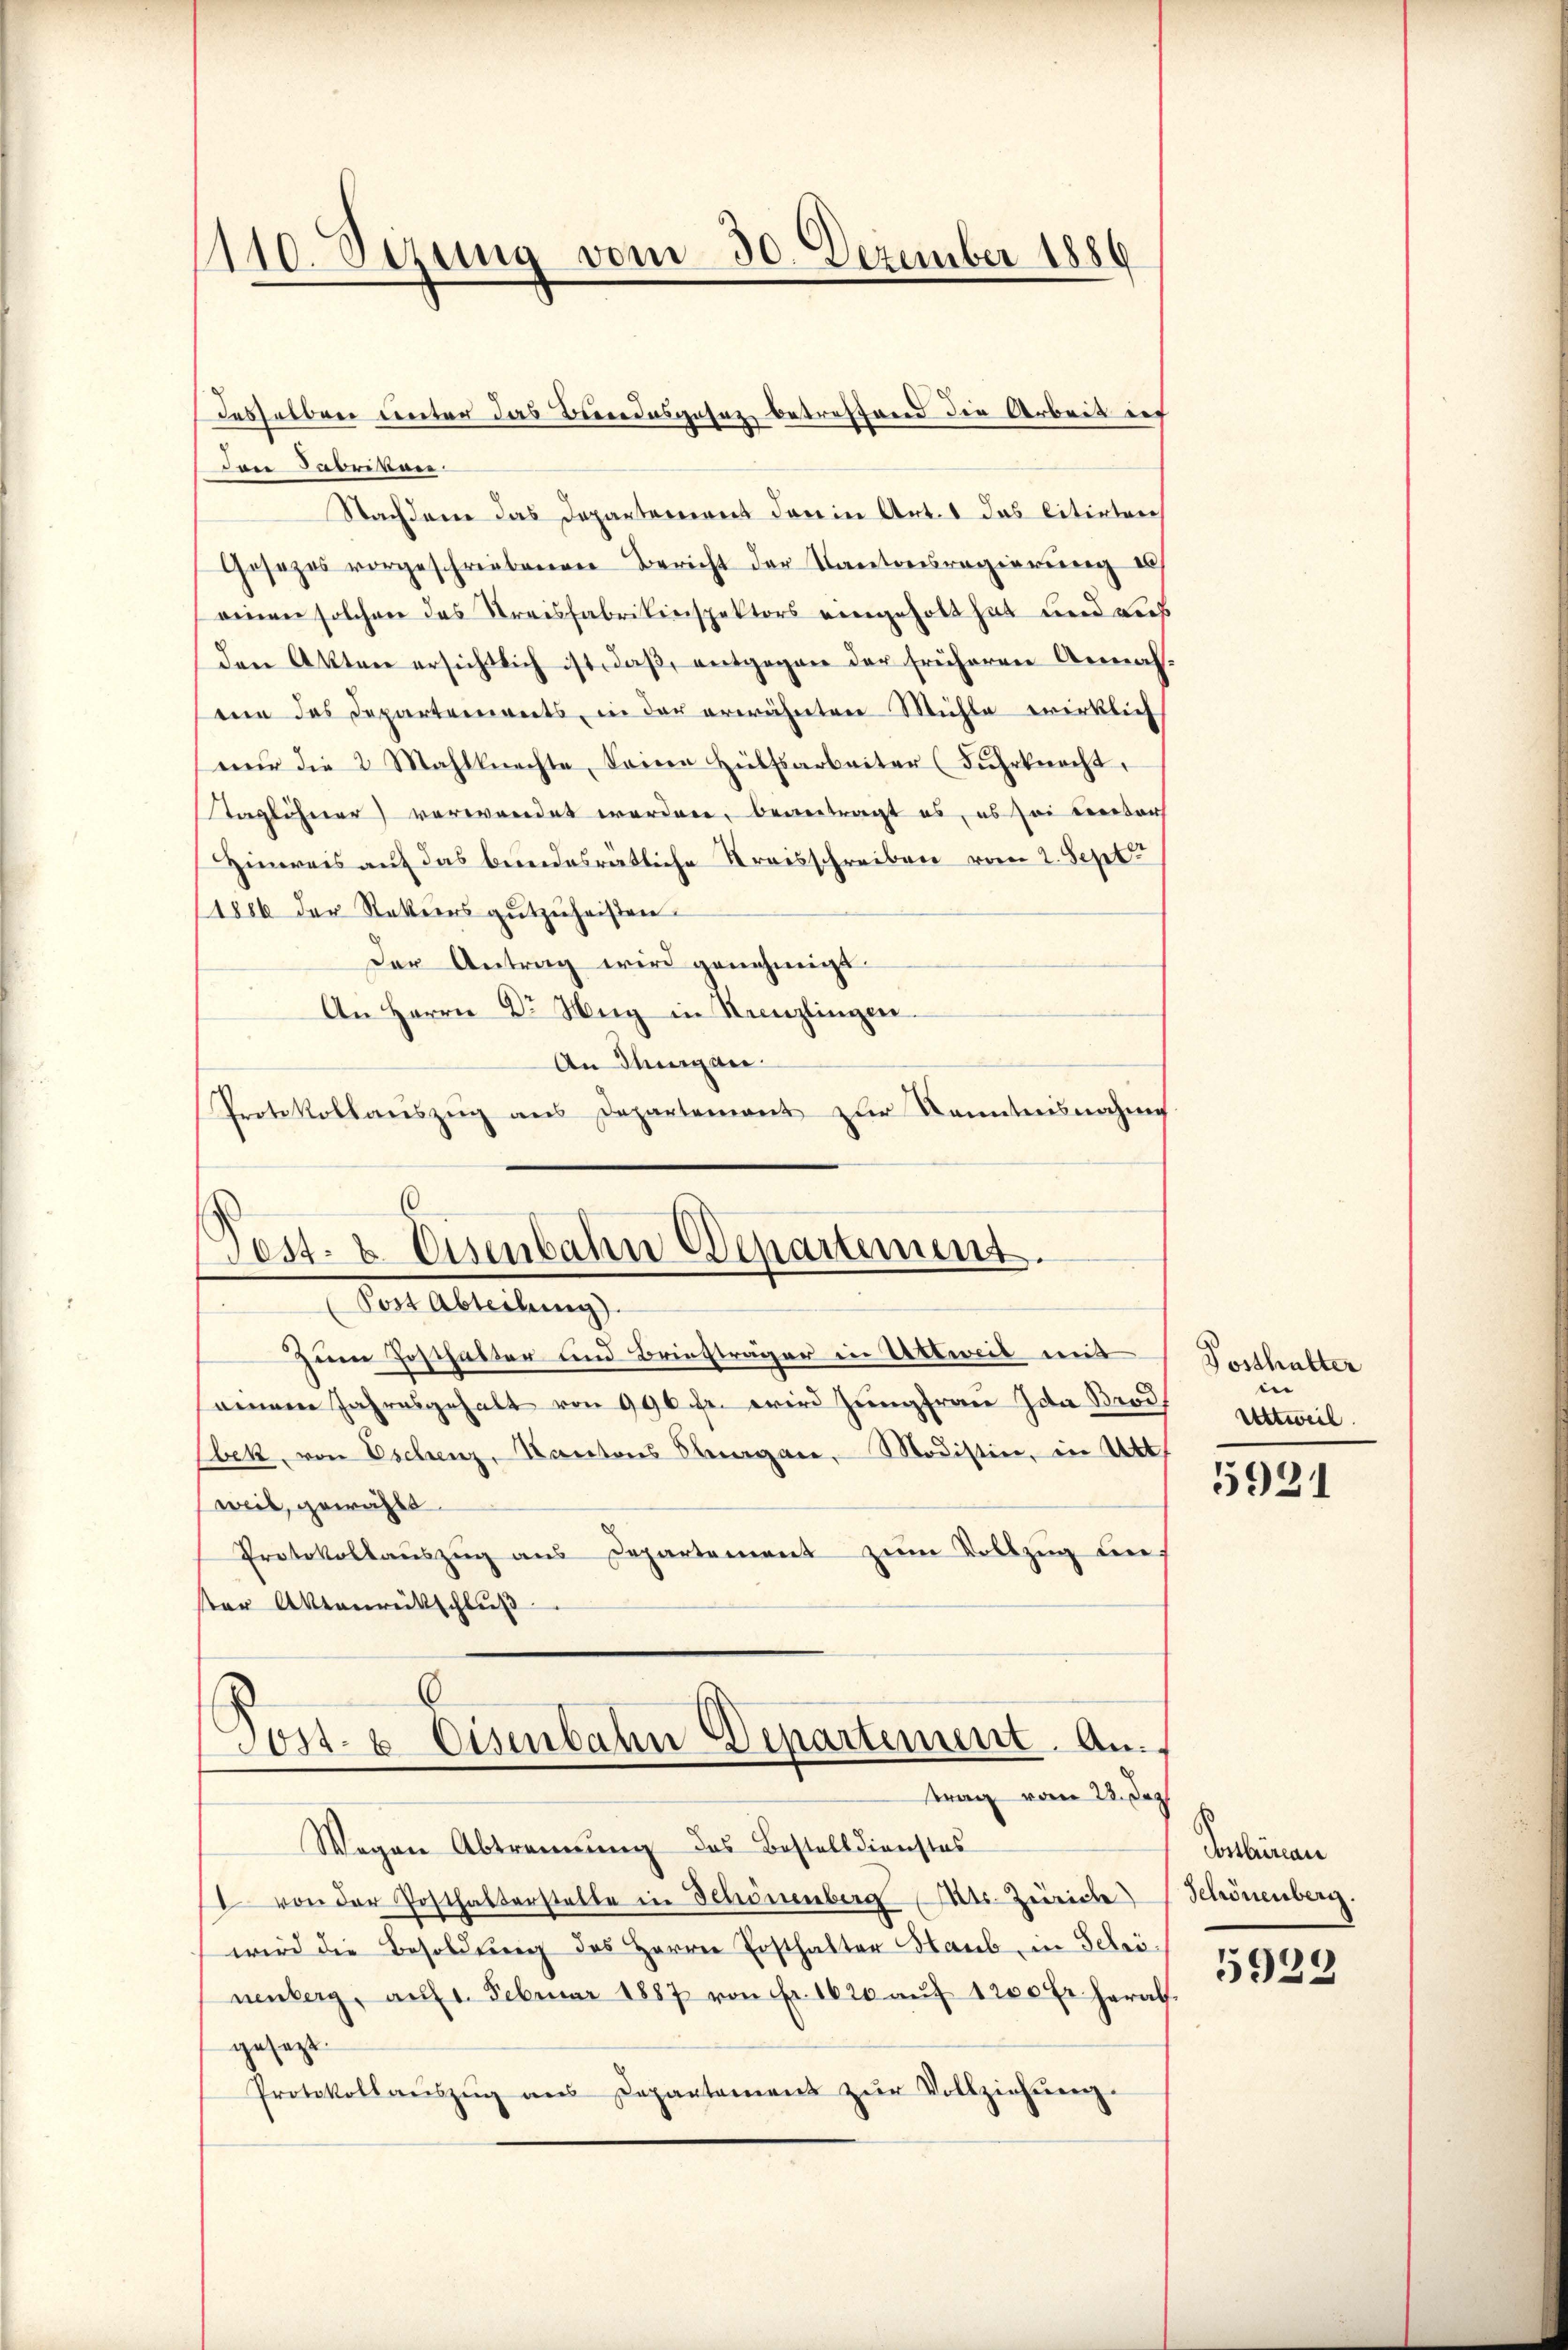
1110. Dezung vom 30. Dezember 1886

Den Fabrikan
Nachdene das Departement darin Art. 1 das Citirter
Gesezes vorgeschriebenen Bericht der Kantonsregierung e
einen solchen das Streisfabrikinspektors eingeholt hat und Lus
den Akten ersichtlich ist, daß, entgegen der früheren Annah
een das Departements, in der erwähnten Mühle wirklich
nŭr die 2 Mahlknechte, Seine Hülfsarbeiter (Fuhrknecht.
Taglöherer verwendet worden, bevertragt es, es sei ventars
Hinweis auf das bundesratliche Kreisschreiben vom 2. Sept
1886 der Rekurs gutzuheißen.
Der Antrag wird genehmigt.
An Herrn Dr Weg in Kanzlingen.
An Thurgan
Protokollaŭszŭg ans Departement zŭr Kenntnisnahme
Zum Posthalter und Briefträger in Wittweil mit
einem Jahresgehalt von 996 fr. wird Jungfrau Ida Brod¬
Ebek, von Eschenz, Kantons Fragen, Modistin, in Art.
weil, gewählt.
Protokollaŭszŭg ans Departement zŭm Vollzŭg die
ster Aktenrütschluß
6
Post- & Eisenbahn Departement. An
trag vom 23. Jus
Wegen Abtrennung des Bestelldienstes
1 von der Posthalterstelle in Schönenberg (Cts. Zürich
wird die Besoldung des Herren Ersthalter Haub, in Schrö
nenberg, am 1. Februar 1887 von Fr. 1620 aŭf 1200 fr herab.
gesezt.
Protokollaŭszŭg ans Departamens zŭr Vollziehŭng.

desselben unter das Berrodesgesez betreffend die Arbeit ins

6
Post- & Eisenbahn Departement.
Post Abteilung).

Posthalter
Uttweil.

5921

Vorberau
Schönenberg

5929